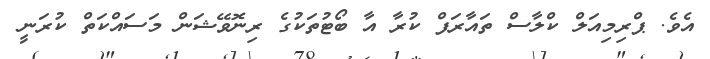
އެވެ. ޕްރިމިއަލް ކްލާސް ތައާރަފް ކުރާ އާ ބޯޓުތަކުގެ ރިނޮވޭޝަން މަސައްކަތް ކުރަނީ